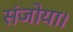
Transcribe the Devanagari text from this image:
संजोया।